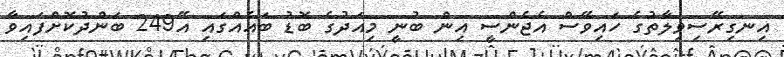
އިނގިރޭސިވިލާތުގެ ހައިވޭސް އެޖެންސީ އިން ބުނީ މިއަދުގެ ބޮޑު ބައެއްގައި އޭ249 ބަންދުކޮށްފައިވާ